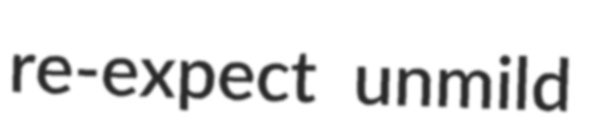
re-expect unmild